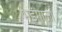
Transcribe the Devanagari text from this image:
भडंगाला